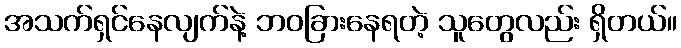
အသက်ရှင်နေလျက်နဲ့ ဘဝခြားနေရတဲ့ သူတွေလည်း ရှိတယ်။